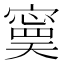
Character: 𡫃